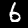
Label: 6